Indian journal of veterinary science and animal husbandry - Volumes 15-17, 1948-1951
Year: 1948
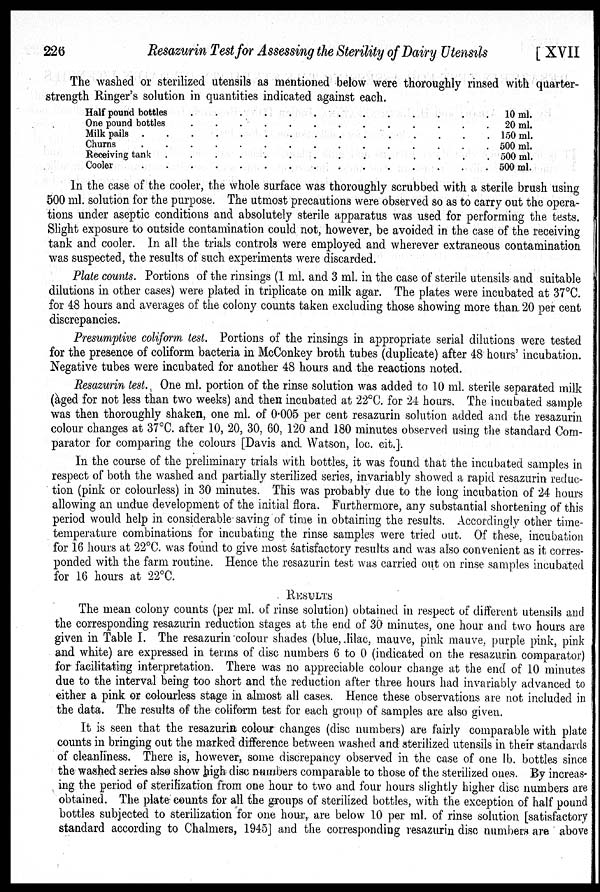
226
Resazurin Test for Assessing the Sterility of Dairy Utensils
[ XVII
The washed or sterilized utensils as mentioned below were thoroughly rinsed with quarter-
strength Ringer's solution in quantities indicated against each.
Half pound bottles . . . . . . . . . . . . .
One pound bottles . . . . . . . . . . . . .
Milk pails . . . . . . . . . . . . . . .
Churns . . . . . . . . . . . . . . .
Receiving tank . . . . . . . . . . . . .
Cooler . . . . . . . . . . . . . .
10 ml.
20 ml.
150 ml.
500 ml.
500 ml.
500 ml.
In the case of the cooler, the whole surface was thoroughly scrubbed with a sterile brush using
500 ml. solution for the purpose. The utmost precautions were observed so as to carry out the opera-
tions under aseptic conditions and absolutely sterile apparatus was used for performing the tests.
Slight exposure to outside contamination could not, however, be avoided in the case of the receiving
tank and cooler. In all the trials controls were employed and wherever extraneous contamination
was suspected, the results of such experiments were discarded.
Plate counts. Portions of the rinsings (1 ml. and 3 ml. in the case of sterile utensils and suitable
dilutions in other cases) were plated in triplicate on milk agar. The plates were incubated at 37°C.
for 48 hours and averages of the colony counts taken excluding those showing more than 20 per cent
discrepancies.
Presumptive coliform test. Portions of the rinsings in appropriate serial dilutions were tested
for the presence of coliform bacteria in McConkey broth tubes (duplicate) after 48 hours' incubation.
Negative tubes were incubated for another 48 hours and the reactions noted.
Resazurin test. One ml. portion of the rinse solution was added to 10 ml. sterile separated milk
(aged for not less than two weeks) and then incubated at 22°C. for 24 hours. The incubated sample
was then thoroughly shaken, one ml. of 0.005 per cent resazurin solution added and the resazurin
colour changes at 37°C. after 10, 20, 30, 60, 120 and 180 minutes observed using the standard Com-
parator for comparing the colours [Davis and. Watson, loc. cit.].
In the course of the preliminary trials with bottles, it was found that the incubated samples in
respect of both the washed and partially sterilized series, invariably showed a rapid resazurin reduc-
tion (pink or colourless) in 30 minutes. This was probably due to the long incubation of 24 hours
allowing an undue development of the initial flora. Furthermore, any substantial shortening of this
period would help in considerable saving of time in obtaining the results. Accordingly other time-
temperature combinations for incubating the rinse samples were tried out. Of these, incubation
for 16 hours at 22°C. was found to give most satisfactory results and was also convenient as it corres-
ponded with the farm routine. Hence the resazurin test was carried out on rinse samples incubated
for 16 hours at 22°C.
RESULTS
The mean colony counts (per ml. of rinse solution) obtained in respect of different utensils and
the corresponding resazurin reduction stages at the end of 30 minutes, one hour and two hours are
given in Table I. The resazurin colour shades (blue, lilac, mauve, pink mauve, purple pink, pink
and white) are expressed in terms of disc numbers 6 to 0 (indicated on the resazurin. comparator)
for facilitating interpretation. There was no appreciable colour change at the end of 10 minutes
due to the interval being too short and the reduction after three hours had invariably advanced to
either a pink or colourless stage in almost all cases. Hence these observations are not included in
the data. The results of the coliform test for each group of samples are also given.
It is seen that the resazurin colour changes (disc numbers) are fairly comparable with plate
counts in bringing out the marked difference between washed and sterilized utensils in their standards
of cleanliness. There is, however, some discrepancy observed in the case of one lb. bottles since
the washed series also show high disc numbers comparable to those of the sterilized ones. By increas-
ing the period of sterilization from one hour to two and four hours slightly higher disc numbers are
obtained. The plate counts for all the groups of sterilized bottles, with the exception of half pound
bottles subjected to sterilization for one hour, are below 10 per ml. of rinse solution [satisfactory
standard according to Chalmers, 1945] and the corresponding resazurin disc numbers are above